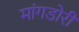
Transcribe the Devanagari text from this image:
मांगडोरी